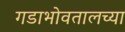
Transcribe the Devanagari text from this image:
गडाभोवतालच्या